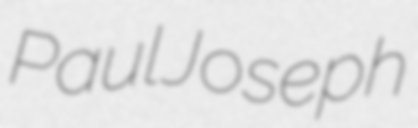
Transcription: Paul Joseph